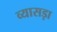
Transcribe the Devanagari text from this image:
व्यासड़ा